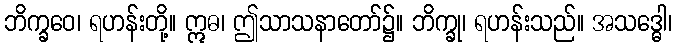
ဘိက္ခဝေ၊ ရဟန်းတို့။ ဣဓ၊ ဤသာသနာတော်၌။ ဘိက္ခု၊ ရဟန်းသည်။ အသဒ္ဓေါ၊